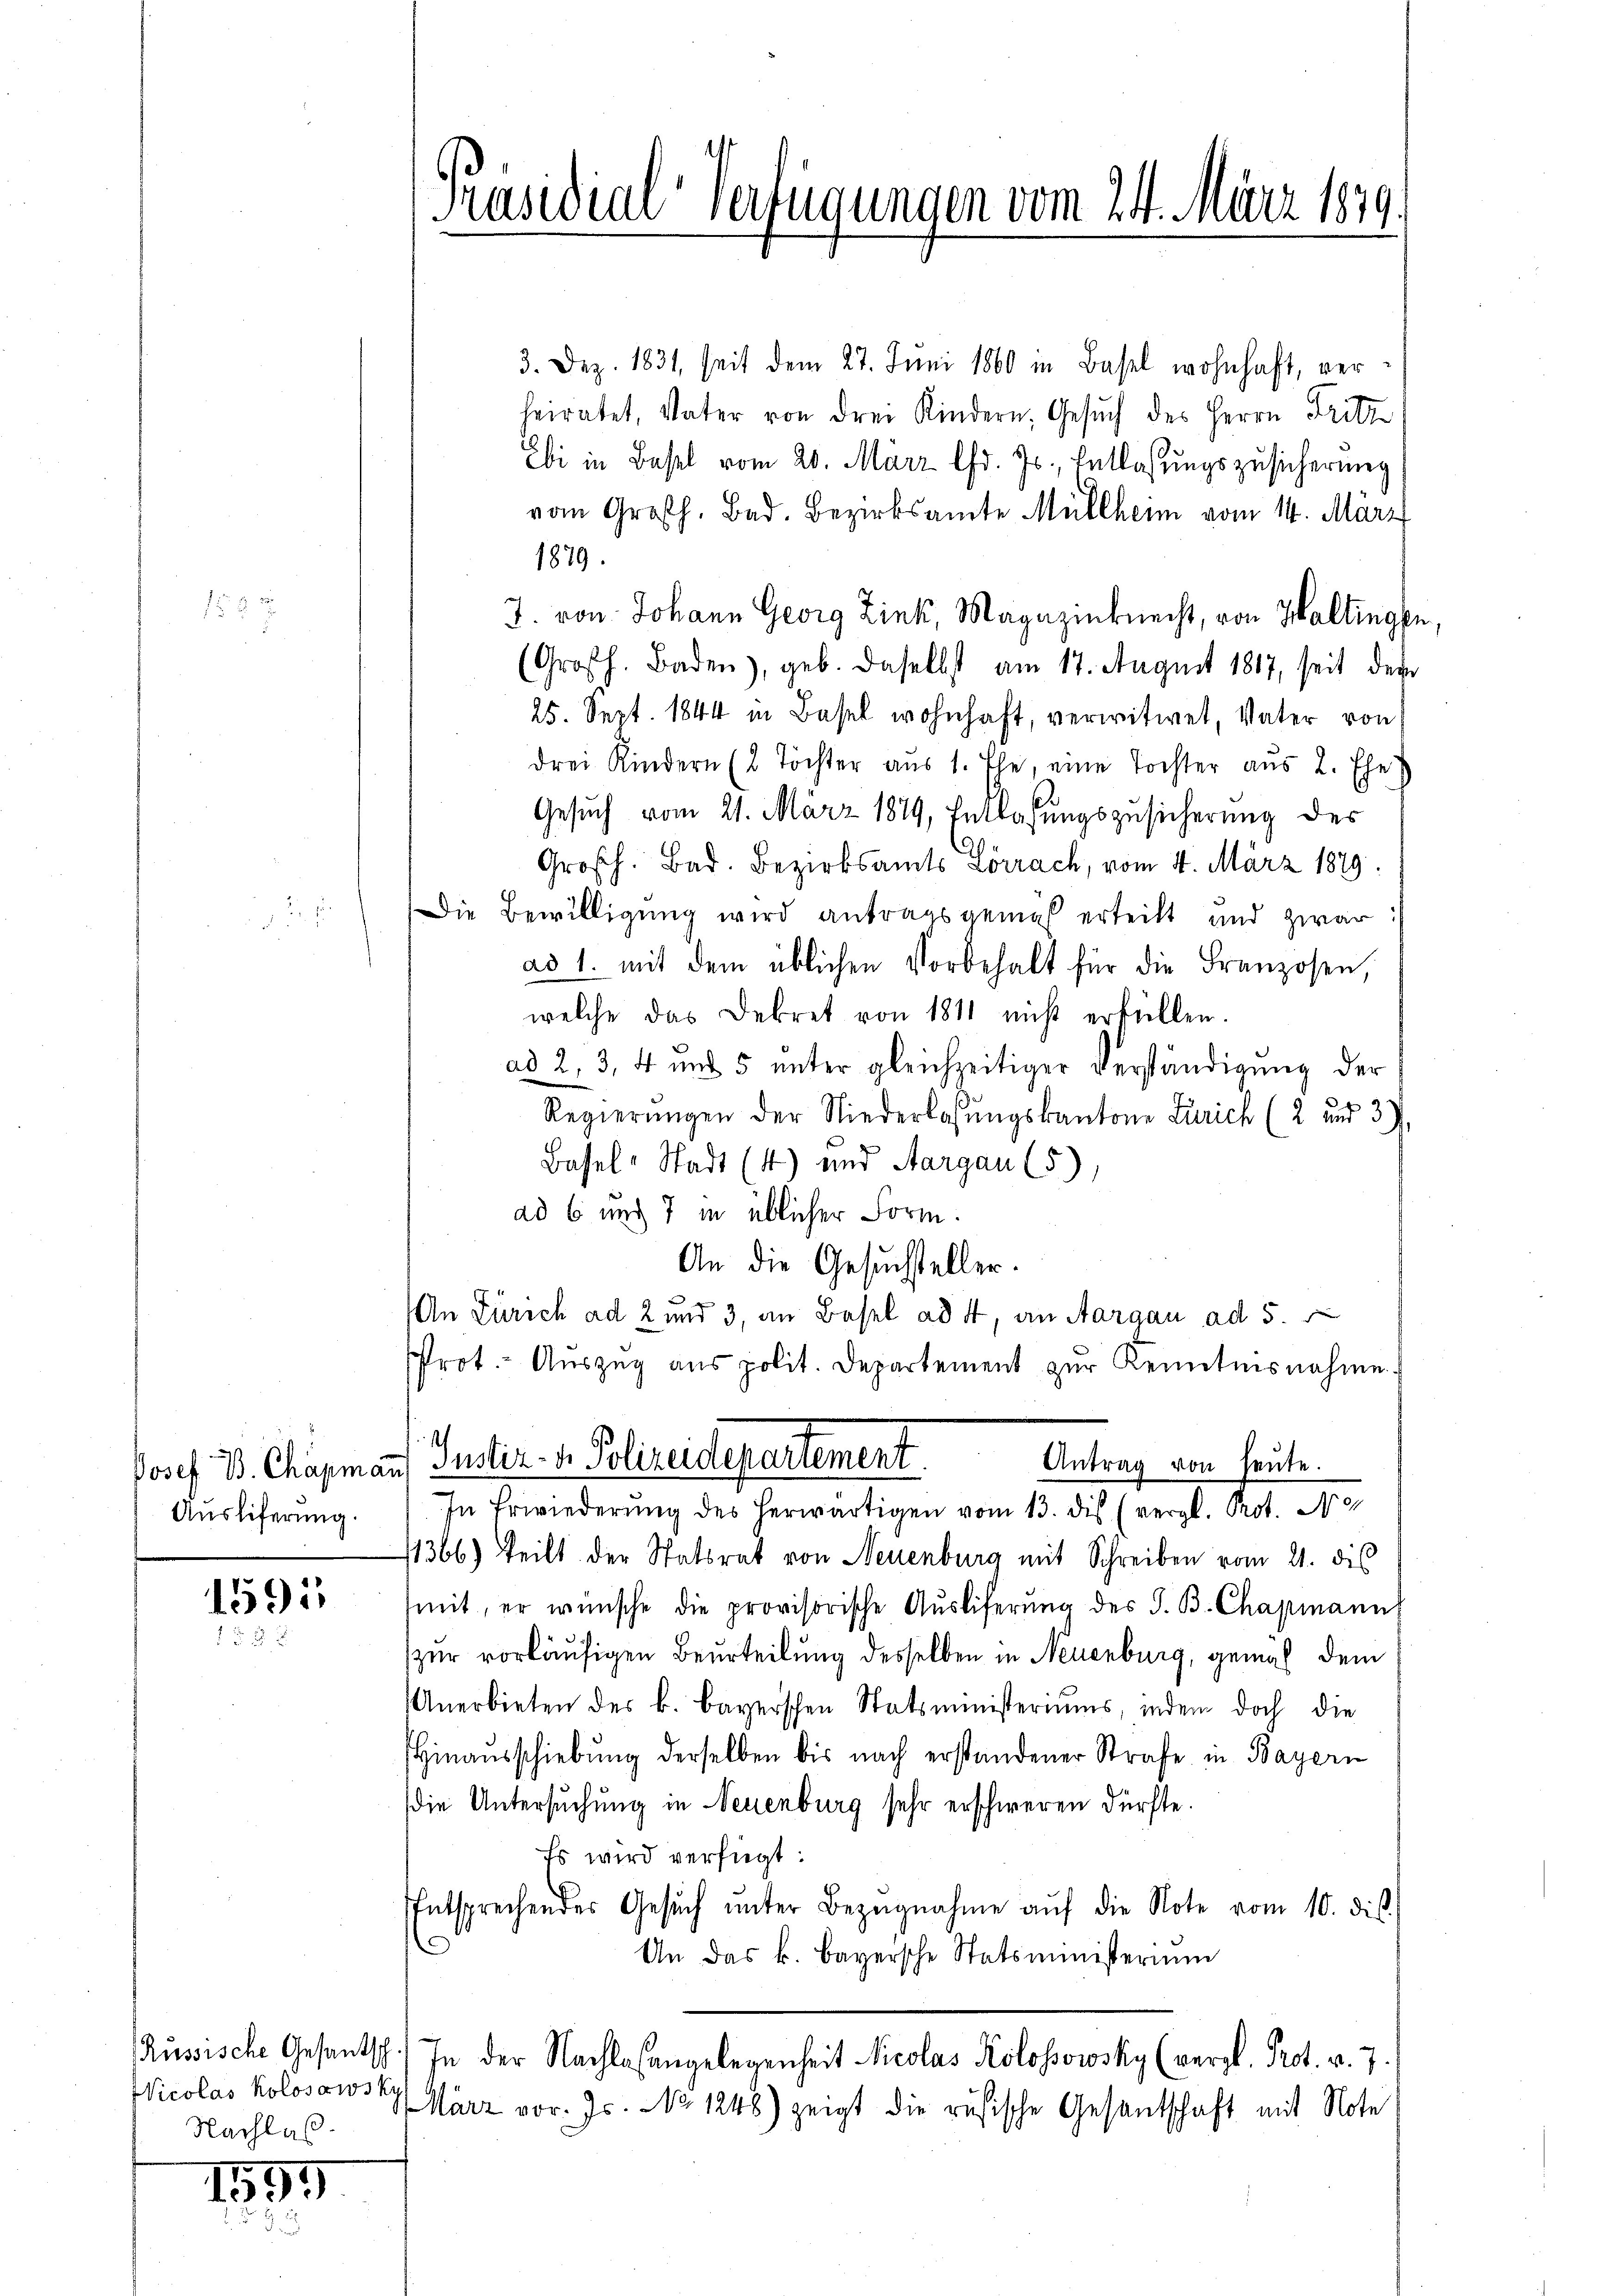
Auslieferung.

1595
15

Nicolas kolosawsky,
Nachlas

1595

Präsidial-Verfügungen vom 24. März 1879.

3. Dez. 1831, seit dem 27. Juni 1860 in Basel wohnhaft, ver
heiratet, Vater von drei Kindern, Gesŭch des Herrn Fritz
Ebi in Basel vom 20. März lfd. Js. Entlaßungszusicherung
vom Großh. Bad. Bezirksamte Müllheim vom 14. März
1879.
J. von Johann Georg Zink, Magazinknecht, von Wallingen,
(Großh. Baden), geb. daselbst am 17. August 1817, seit der
25. Sept. 1844 in Basel wohnhaft, verwitwet, Vater von
drei Kindern (2 Töchter aŭs 1. Ehe, eine Tochter aŭs 2. Ehe
Gesuch vom 21. März 1879, Entlassungszusicherung des
Großh. Bad. Bezirksamts Lörrach, vom 4. März 1879.
Die Bewilligung wird antragsgemäß erteilt und zwar:
ad 1. mit dem üblichen Vorbehalt für die Franzosen,
welche das Dekret von 1811 nicht erfüllen.
ad 2, 3, 4 und 5 unter gleichzeitiger Verständigung der
Regierŭngen der Niederlassŭngskantone Zürich (2 ŭnd 3),
Basel-Stadt (4) und Aargau (5),
ad 6 und 7 in üblicher Form.
An die Gesuchsteller.

n Zürich ad 2 und 3, an Basel ad 4, an Aargau ad 5.
sProt. Auszug aus polit. Departement zur Kenntnisnahme.
Antrag von heute.
Josef B. Chapmann Guster. v. Polizeidepartement.
In Erwiederŭng des herwärtigen vom 13. ds. (vergl. Prot. N
11366) teilt der Statsrat von Neuenburg mit Schreiben vom 21. dies
mit, er wünsche die provisorische Aŭsliferŭng des J. B. Chapmanns
zur vorläufigen Beurteilung desselben in Neuenburg, gemäß dem
Anerbieten des k. bayerschen Statsministeriums, indem doch die
Hinausschiebung derselben bis nach erstandener Strafe in Bayern
die Untersuchung in Neuenburg sehr erschweren dürfte.
Es wird verfügt:
ntsprechender Gesŭch ŭnter Bezugnahme aŭf die Note vom 10. dis
An das k. Bayersche Statsministerium
Russische Gesantsch.) In der Nachlaßangelegenheit Nicolas Kolossowsky (vergl. Prot. v. 7.
März vor. Js. No 1248) zeigt die rusische Gesantschaft mit Note